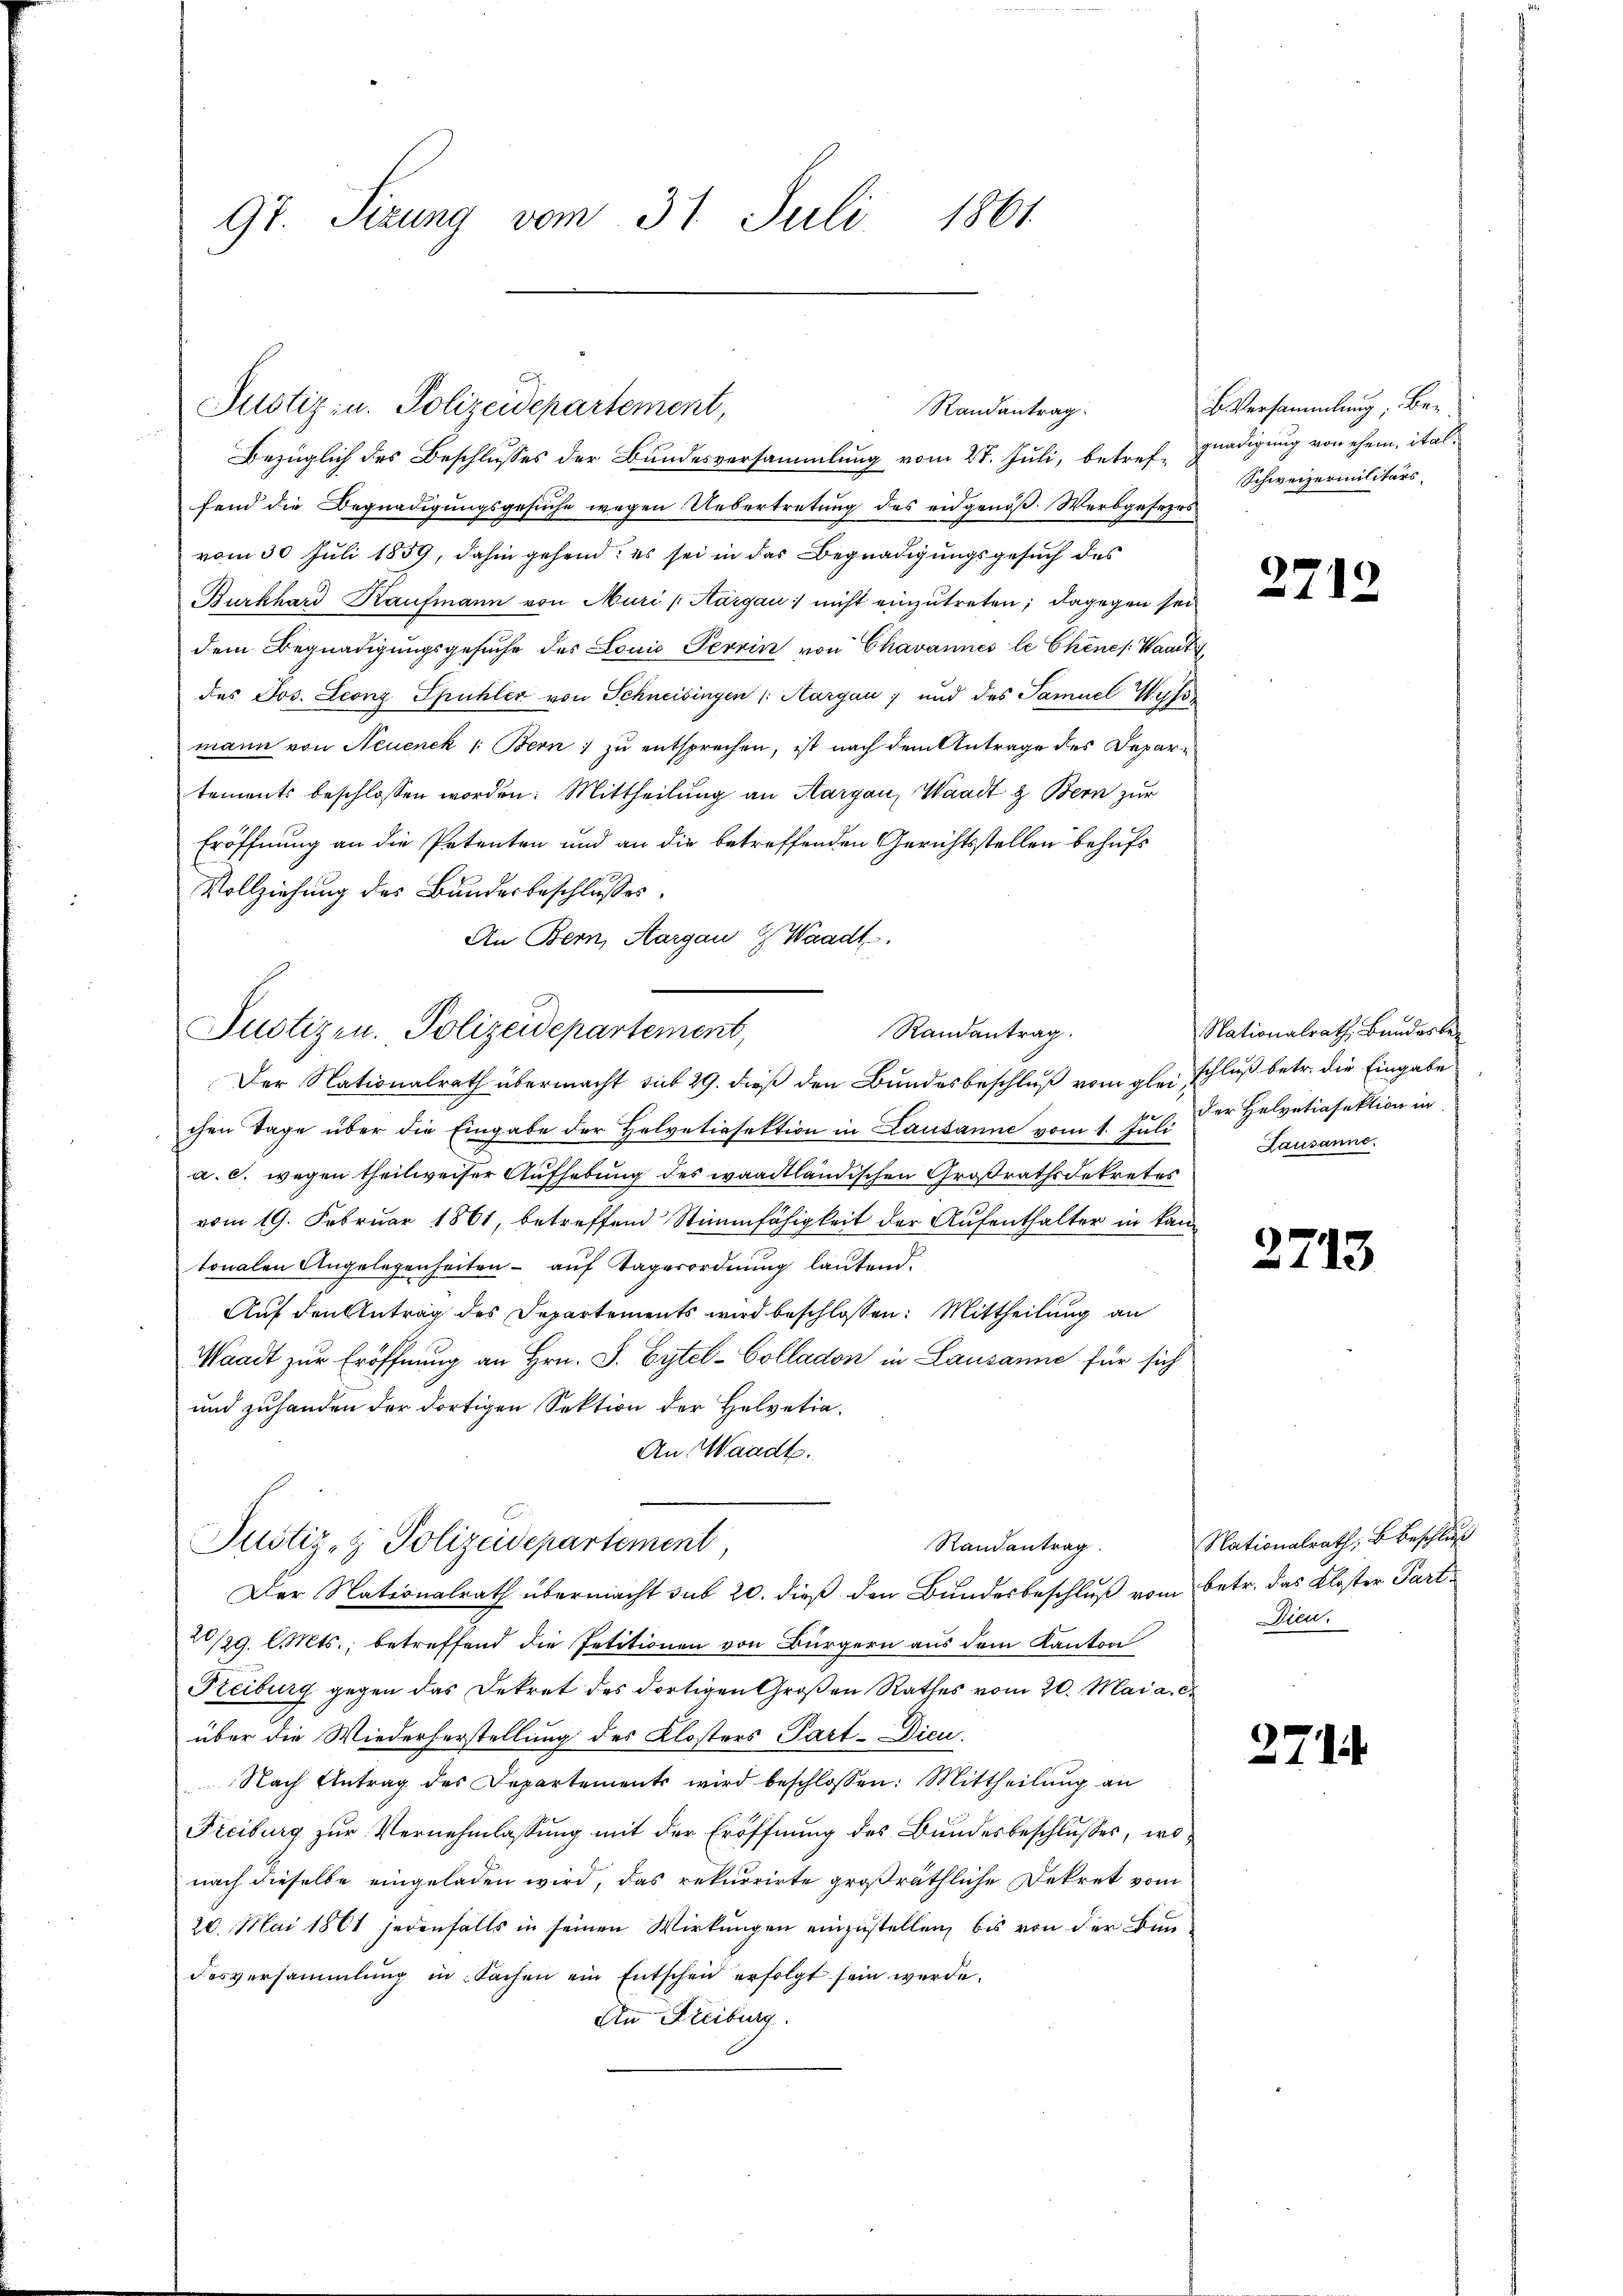
97. Sizung vom 31. Juli 1861

Bezüglich des Beschlusses der Bundesversammlung vom 28. Juli, betreffend die Begnadigungsgesuche wegen Uebertretung des eidgenöß. Werbgesehr
vom 30 Juli 1859, dahin gehend; es sei in das Begnadigungsgesuch des
Burkhard Kaufmann von Muri (Kargau nicht einzutreten; dagegen sei
dem Begnadigungsgesuche des Louis Terrin von Chavannes le Chines: Waadt,
das Jos. Leonz Spühler von Schneisingen /: Aargau; und des Samuel Wiss
mann von Neuenck ( Bern zu entsprechen, ist nach dem Antrage des Departements beschlossen worden: Mittheilung an Margau, Waadt & Bern zur
Eröffnung an die Petenten und an die betreffenden Gerichtsstellen behufs
Vollziehung des Bundesbeschlusses,
An Bern, Aargau & Waadt.

Justiz- u. Polizeidepartement,

Randantrag

Puotizen. Polizeidepartement,
Randantrag.
Der Nationalrath übermacht sit 29. dieß den Bundesbeschluß vom glei schluß betr. die Eingabe

chen Tage über die Eingabe der Helvetiasektion in Lausanne vom 1. Jul. der Helvetiasektion in
a. c. wegen theilweiser Aufhebung des waadtländischen Großrathsdekretes
vom 19. Februar 1861, betreffend Stimmfähigkeit der Aufenthalter in kan-
tonalen Angelegenheiten - auf Tagerordnung lautend.
Auf den Antrag des Departements wird beschlossen: Mittheilung an
Waadt zur Eröffnung an Hrn. J. Eytel-Colladon in Lausanne für sich
und zuhanden der dortigen Sektion der Helvetia¬
An Waadt.
20/29. l. Mts., betreffend die Petitionen von Bürgern aus dem Kanton
Reiburg gegen das Dekret des dortigen Großen Rathes vom 20. Mai a. c.
über die Wiederherstellung des Klosters Part-Dieu.
Nach Antrag des Departements wird beschlossen: Mittheilŭng an
Freiburg zur Vernehmlassung mit der Eröffnung des Bundesbeschlusses, wonach dieselbe eingeladen wird, das rekurrirte großräthliche Dekret vom
20. Mai 1861 jedenfalls in seinen Wirkungen einzustellen, bis von der Bun
desversammlung in Sachen ein Entscheid erfolgt sein werde.
An Freiburg.

Justiz- & Polizeidepartement,
Randantrag
Der Nationalrath übermacht sub 20. dieß den Bundesbeschluß vom

b. Versammlung, Ber
gnadigung von ehem, ital¬
Schweizermilitärs,

2719

Nationalrath, Bandesbe¬
Lausanne.

2713

Nationalrath; B. Beschluß
betr. das Kloster Part
Dieu.

271